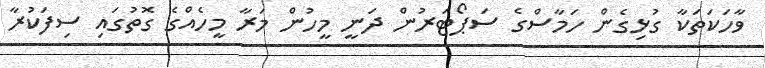
ވާހަކަތަކާ ގުޅިގެން ހަމާސްގެ ސަޕޯޓަރުން ދަނީ މީހުން މަރާ މީހެއްގެ ގޮތުގައި ސިފަކުރާ